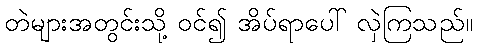
တဲများအတွင်းသို့ ဝင်၍ အိပ်ရာပေါ် လှဲကြသည်။